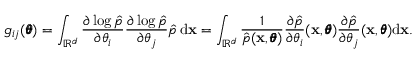
g _ { i j } ( \pmb \theta ) = \int _ { \mathbb { R } ^ { d } } \frac { \partial \log \hat { p } } { \partial \theta _ { i } } \frac { \partial \log \hat { p } } { \partial \theta _ { j } } \hat { p } \, \mathrm d \mathbf x = \int _ { \mathbb { R } ^ { d } } \frac { 1 } { \hat { p } ( \mathbf x , \pmb \theta ) } \frac { \partial \hat { p } } { \partial \theta _ { i } } ( \mathbf x , \pmb \theta ) \frac { \partial \hat { p } } { \partial \theta _ { j } } ( \mathbf x , \pmb \theta ) \mathrm d \mathbf x .